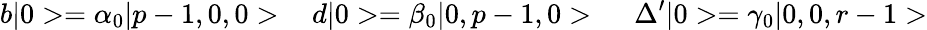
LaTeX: b\vert 0>=\alpha_{0}\vert p-1,0,0>\ \ \ \, d\vert 0>=\beta_{0}\vert 0,p-1,0>\ \ \ \ \ \Delta^{\prime}\vert 0>=\gamma_{0}\vert 0,0,r-1>